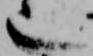
也